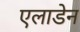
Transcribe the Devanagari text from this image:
एलाडेन